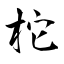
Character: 柁